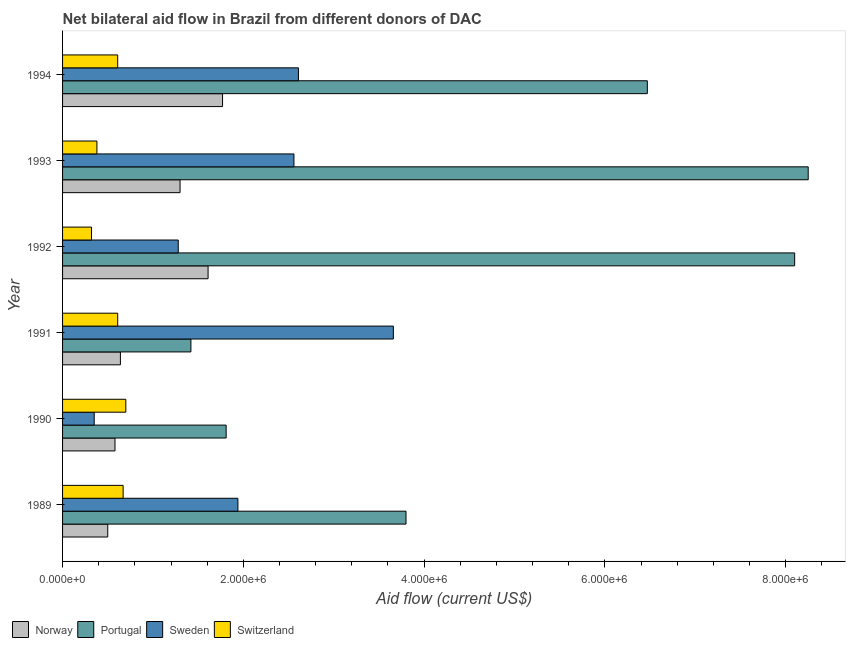
| Year | Norway | Portugal | Sweden | Switzerland |
 | --- | --- | --- | --- | --- |
 | 1989 | 5e+05 | 3.8e+06 | 1.94e+06 | 6.7e+05 |
 | 1990 | 5.8e+05 | 1.81e+06 | 3.5e+05 | 7e+05 |
 | 1991 | 6.4e+05 | 1.42e+06 | 3.66e+06 | 6.1e+05 |
 | 1992 | 1.61e+06 | 8.1e+06 | 1.28e+06 | 3.2e+05 |
 | 1993 | 1.3e+06 | 8.25e+06 | 2.56e+06 | 3.8e+05 |
 | 1994 | 1.77e+06 | 6.47e+06 | 2.61e+06 | 6.1e+05 |